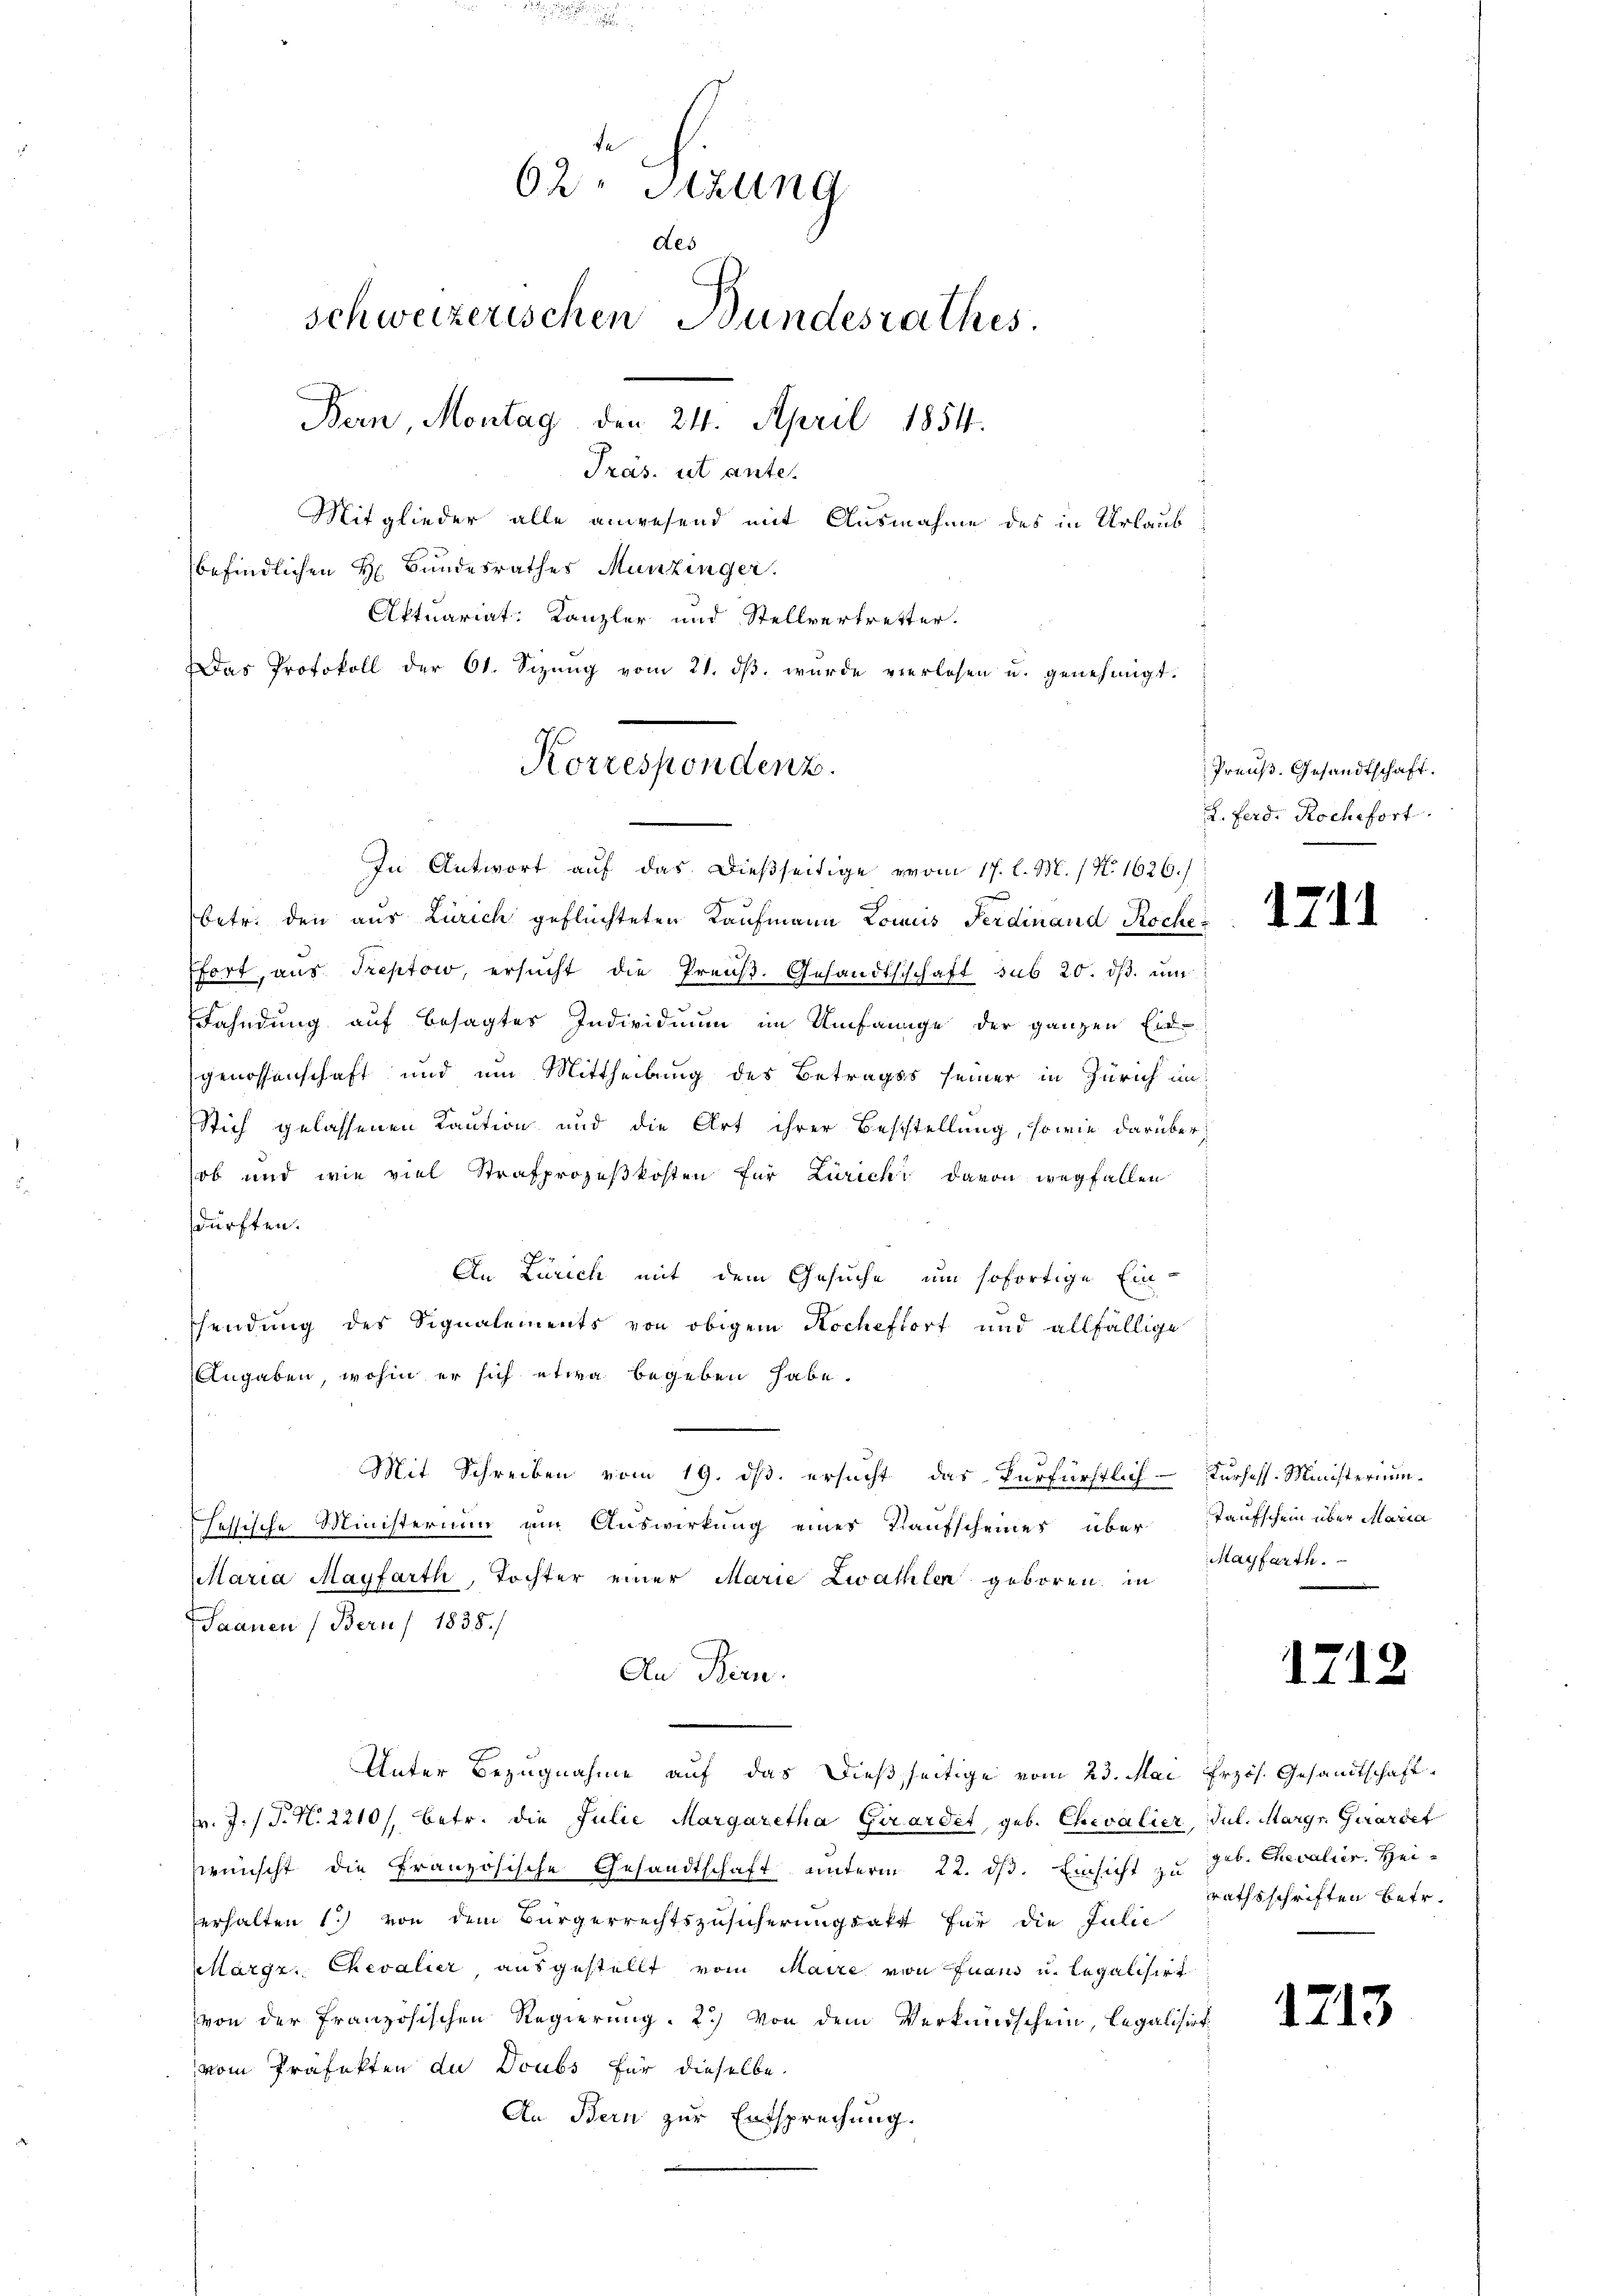
e
62. Sizung
des
schweizerischen Bundesrathes.
Bern, Montag, den 24. April 1854.
Präs. ut ante.
Mitglieder alle anwesend mit Ausnahme des in Urlaub
befindlichen H. Bundesrathes Munzinger.
Aktuariat: Kanzler und Stellvertretter.
Das Protokoll der 61. Sizŭng vom 21. dβ. wurde verlesen u. genehmigt.

Korrespondenz.
In Antwort auf das dießseitige vom 17. l. M. / N. 1626.)

betr. den aus Zürich geflüchteten Kaufmann Lomuis Ferdinand Roche¬
Efort, aus Treptow, ersŭcht die Preuß. Gesandtschaft sub 20. dβ. um
Fahndung auf besagtes Individuum im Umfange der ganzen Eid-
genossenschaft und um Mittheilung des Betrages seiner in Zürich im
Stich gelassenen Kaution und die Art ihrer Beststellung, sowie darüber
ob und wie viel Strafprozeßkosten für Zürichi davon wegfallen
dürften.
An Zürich mit dem Gesuche, um sofortige Ein-
sendung des Signalements von obigem Kocheffort und allfällige
Angaben, wohin er sich etwa begeben habe.
Mit Schreiben vom 19. ds. ersucht, das Verfürstlich Kursess. Ministerium
sessische Ministerium am Auswirkung eines Kaufscheines über Taufschein über Maria
taria Mayfarth, Tochter einer Marie Zwathlen geboren, in
Saanen (Beruf 1838.
An Bern.
Unter Bezugnahme auf das dießseitige vom 23. Mai frzös. Gesandtschaft
r. J. (T. N. 2210/, betr. die Julie Margaretha Girardet, geb. Chevalier, Jul. Margr. Girardet
wünscht die Französische Gesandtschaft unterm 22. ds. Einsicht zu geb. Chevalier. Heierhalten 1) von dem Bürgerrechtszusicherungsatt für die Julie
Klärgr. Chevalier, ausgestellt vom Maire von Juan u. legalisirt
von der Französischen Regierung. 2.) Von dem Verkundschein, legalisiert
vom Präfekten du Doubs für dieselbe.
An Bern zur Entsprechung.

Preuß. Gesandtschaft.
2. Ferd: Roche fort

1711

Mayfarth.

1712

rathsschriften betr.

1713